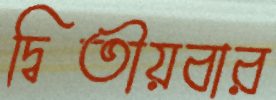
দ্বিতীয়বার